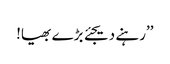
’’رہنے دیجئے بڑے بھیا!